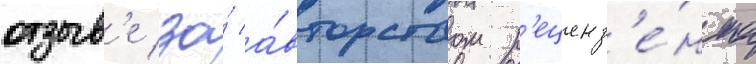
отзыв'е за́ а́вторством р'еценз'е́нта